system: You are a helpful assistant.
user:
Analyze the provided spectrum to determine if it is a **"Cataclysmic Variables (CV)"**.

- **Key Indicators for CV (Check for either state):**
    - **State 1: Quiescent / Low-State (Emission-Dominated)**
        - **(Primary):** Strong and *very broad* Hydrogen Balmer emission lines (e.g., $H\alpha$ at 6563 Å, $H\beta$ at 4861 Å). The 'broadness' (high velocity dispersion, often FWHM > 1000 km/s) is the key diagnostic, indicating a high-velocity accretion disk.
        - **(Secondary):** Broad neutral Helium (He I) emission lines (e.g., 5876 Å, 6678 Å).
        - **(Key Confirmation):** Presence of high-excitation *ionized* Helium (He II) emission at 4686 Å. This is a strong indicator of accretion onto a white dwarf.
        - **(Line Profile):** Emission lines may exhibit a 'double-peaked' profile, which is a classic signature of a rotating accretion disk viewed at high inclination.

    - **State 2: Outburst / High-State (Absorption-Dominated)**
        - **(Primary):** Spectrum is dominated by a bright, blue continuum (looks like a hot star).
        - **(Secondary):** The emission lines from State 1 are weak, absent, or 'filled in', and are replaced by broad, shallow *absorption* lines (primarily Balmer and He I).
        - **(Morphology):** The overall spectrum mimics a hot B/A-type star. The crucial difference is that the absorption lines are significantly broader, shallower, and more 'washed-out' (or 'smeared') than the sharp lines of a normal stellar photosphere, due to high rotational speeds and pressure broadening in the disk.

Think first, call **spectral_visualization_tool** if needed to examine features in detail, then provide your final answer. Your response must adhere to the following strict rules:
1.  **Overall Structure:** Your response must follow the format `<think>...</think> <tool_call>...</tool_call> (if a tool is used) <answer>...</answer>`.
2.  **Tool Usage Constraint:** You may only make **one** tool call per turn.
3.  **Final Answer Format:** In the `<answer>` tag, your conclusion must be inside a `\boxed{}` command (e.g., `\boxed{YES}`), followed by your justification.

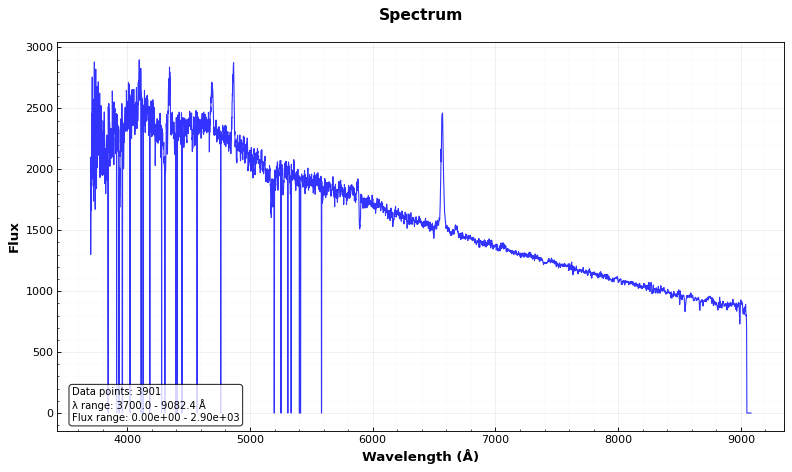
Answer: YES